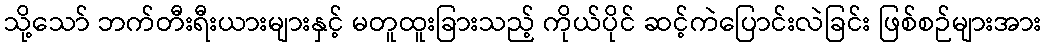
သို့သော် ဘက်တီးရီးယားများနှင့် မတူထူးခြားသည့် ကိုယ်ပိုင် ဆင့်ကဲပြောင်းလဲခြင်း ဖြစ်စဉ်များအား